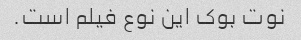
نوت بوک این نوع فیلم است.